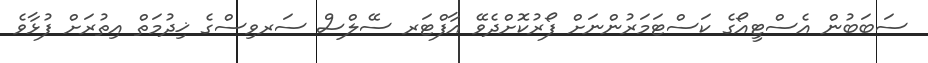
ސަބަބުން އެސްޓީއޯގެ ކަސްޓަމަރުންނަށް ފޯރުކޮށްދެވޭ އާފްޓަރ ސޭލްސް ސަރވިސްގެ ޚިދުމަތް އިތުރަށް ފުޅާވެ